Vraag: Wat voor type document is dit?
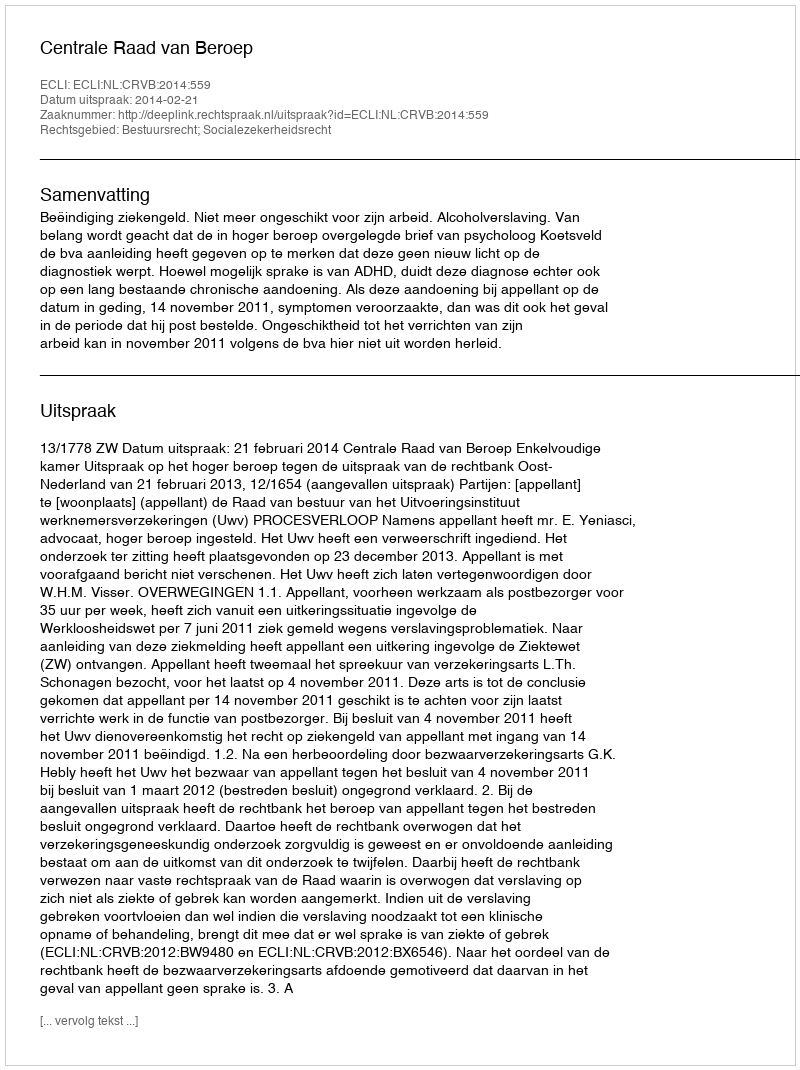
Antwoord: Uitspraak